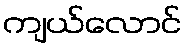
ကျယ်လောင်